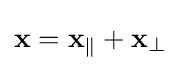
\mathbf {x} =\mathbf {x} _{\parallel }+\mathbf {x} _{\perp }